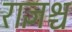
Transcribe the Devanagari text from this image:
राज्ञश्च